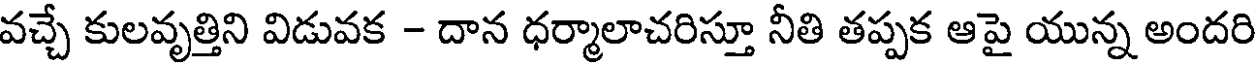
వచ్చే కులవృత్తిని విడువక - దాన ధర్మాలాచరిస్తూ నీతి తప్పక ఆపై యున్న అందరి